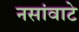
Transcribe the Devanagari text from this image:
नसांवाटे